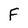
Character: F